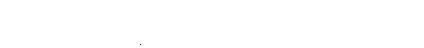
တုသဒ္ဒါက ဘိက္ခုနီ (ဘိက္ခု+ဣနီ) စသည်၌ ရှေ့သရကို မချေဖို့ရန် တားမြစ်၏၊